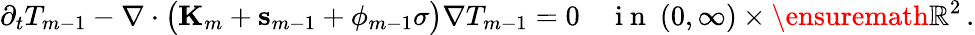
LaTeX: \partial_{t}T_{m-1}-\nabla\cdot\bigl(\mathbf{K}_{m}+\mathbf{s}_{m-1}+\phi_{m-1}\sigma\bigr)\nabla T_{m-1}=0\quad\mathrm{~i~n~}\ (0,\infty)\times\ensuremath{\mathbb{R}}^{2}\, .